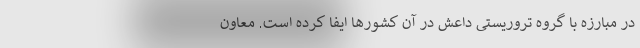
در مبارزه با گروه تروریستی داعش در آن کشورها ایفا کرده است. معاون